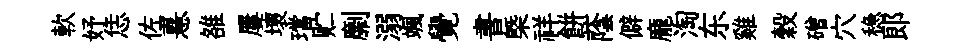
軟妤恁佐憙雒屢壞璫贮劘溺颯覺書㮣祥餅蔭僻龐淘东雞穀磳穴稳郞